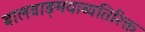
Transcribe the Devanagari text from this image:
बालवाङ्‌मयाव्यतिरिक्त